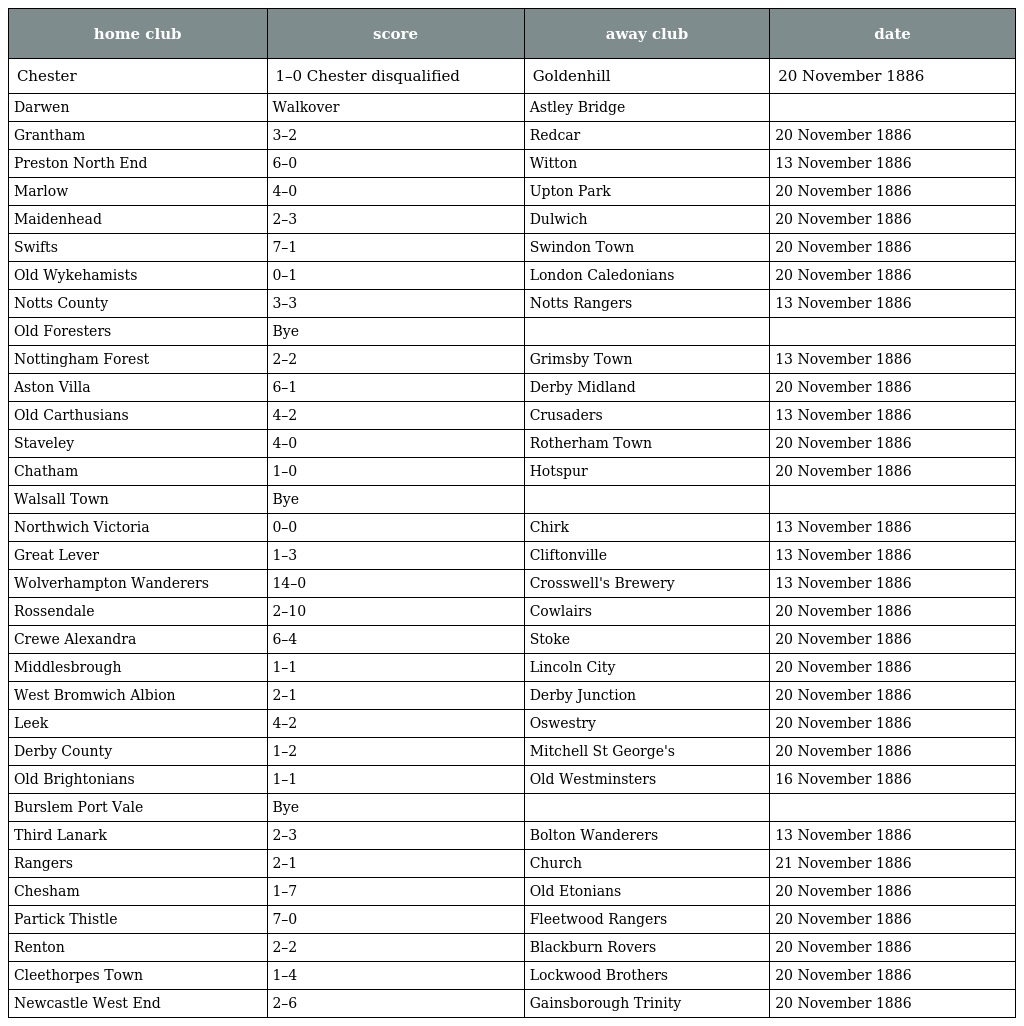
| home club | score | away club | date |
 | --- | --- | --- | --- |
 | Chester | 1–0 Chester disqualified | Goldenhill | 20 November 1886 |
 | Darwen | Walkover | Astley Bridge |  |
 | Grantham | 3–2 | Redcar | 20 November 1886 |
 | Preston North End | 6–0 | Witton | 13 November 1886 |
 | Marlow | 4–0 | Upton Park | 20 November 1886 |
 | Maidenhead | 2–3 | Dulwich | 20 November 1886 |
 | Swifts | 7–1 | Swindon Town | 20 November 1886 |
 | Old Wykehamists | 0–1 | London Caledonians | 20 November 1886 |
 | Notts County | 3–3 | Notts Rangers | 13 November 1886 |
 | Old Foresters | Bye |  |  |
 | Nottingham Forest | 2–2 | Grimsby Town | 13 November 1886 |
 | Aston Villa | 6–1 | Derby Midland | 20 November 1886 |
 | Old Carthusians | 4–2 | Crusaders | 13 November 1886 |
 | Staveley | 4–0 | Rotherham Town | 20 November 1886 |
 | Chatham | 1–0 | Hotspur | 20 November 1886 |
 | Walsall Town | Bye |  |  |
 | Northwich Victoria | 0–0 | Chirk | 13 November 1886 |
 | Great Lever | 1–3 | Cliftonville | 13 November 1886 |
 | Wolverhampton Wanderers | 14–0 | Crosswell's Brewery | 13 November 1886 |
 | Rossendale | 2–10 | Cowlairs | 20 November 1886 |
 | Crewe Alexandra | 6–4 | Stoke | 20 November 1886 |
 | Middlesbrough | 1–1 | Lincoln City | 20 November 1886 |
 | West Bromwich Albion | 2–1 | Derby Junction | 20 November 1886 |
 | Leek | 4–2 | Oswestry | 20 November 1886 |
 | Derby County | 1–2 | Mitchell St George's | 20 November 1886 |
 | Old Brightonians | 1–1 | Old Westminsters | 16 November 1886 |
 | Burslem Port Vale | Bye |  |  |
 | Third Lanark | 2–3 | Bolton Wanderers | 13 November 1886 |
 | Rangers | 2–1 | Church | 21 November 1886 |
 | Chesham | 1–7 | Old Etonians | 20 November 1886 |
 | Partick Thistle | 7–0 | Fleetwood Rangers | 20 November 1886 |
 | Renton | 2–2 | Blackburn Rovers | 20 November 1886 |
 | Cleethorpes Town | 1–4 | Lockwood Brothers | 20 November 1886 |
 | Newcastle West End | 2–6 | Gainsborough Trinity | 20 November 1886 |